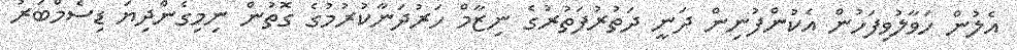
އެލުން ހަވާލުވިފަހުން އެކުންފުނިން ދަނީ ދަތުރުފަތުރުގެ ނިޒާމް ހަރުދަނާކުރުމުގެ ގޮތުން ނިމިގެންދިޔަ ޑިސެމްބަރު